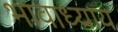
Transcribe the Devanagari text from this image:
भावाध्याय